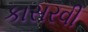
કાસરવી